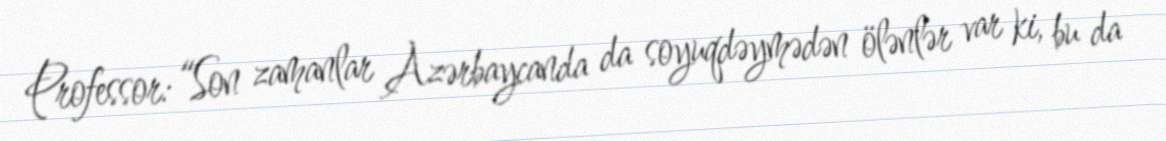
Professor: “Son zamanlar Azərbaycanda da soyuqdəymədən ölənlər var ki, bu da